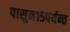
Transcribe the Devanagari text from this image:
पासुन१५पर्यन्त